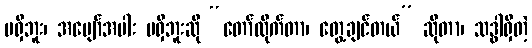
မရှိဘူး၊ အပျော်အပါး မရှိဘူးဆို “တော်လိုက်တာ၊ တွေ့ချင်တယ်” ဆိုတာ၊ သဒ္ဓါရှိတဲ့